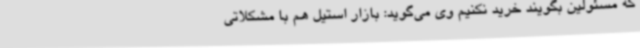
که مسئولین بگویند خرید نکنیم وی می‌گوید: بازار استیل هم با مشکلاتی